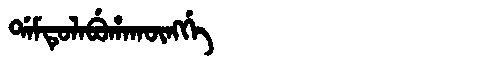
Manchu: ᡩᠠᠮᡨᡠᠯᠠᠪᡠᡥᠠᡴᡡᠩᡤᡝ
Romanization: DAMTULABUHAKŪNGGE